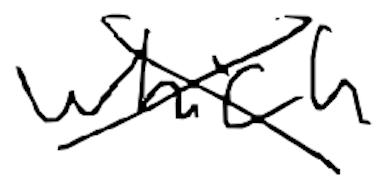
Text: which
Cross-out: cross
Writing tool: digital_black